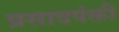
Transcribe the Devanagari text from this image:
प्रसादपंक्ती